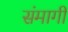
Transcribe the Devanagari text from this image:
संमागी